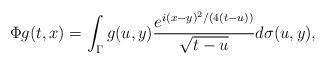
LaTeX: \begin{align*}\Phi g(t,x)=\int_{\Gamma}g(u,y)\frac{e^{i(x-y)^{2}/(4(t-u))}}{\sqrt{t-u}}d\sigma(u,y),\end{align*}